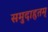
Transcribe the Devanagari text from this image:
समुदाहृतम्